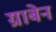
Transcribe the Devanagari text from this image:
ग्राबेन